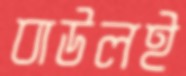
বাউলই